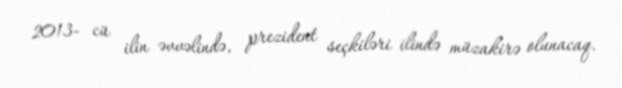
2013- cü ilin əvvəlində, prezident seçkiləri ilində müzakirə olunacaq.